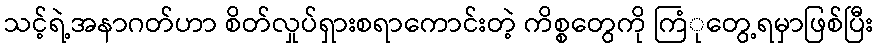
သင့်ရဲ့အနာဂတ်ဟာ စိတ်လှုပ်ရှားစရာကောင်းတဲ့ ကိစ္စတွေကို ကြံုတွေ့ရမှာဖြစ်ပြီး